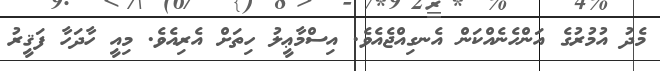
މެދު އުމުރުގެ އަންހެނެއްކަން އެނގިއްޖެއެވެ. އިސްމާޢީލު ހިތަށް އެރިއެވެ. މިއީ ހާދަހާ ފަޤީރު